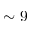
\sim 9